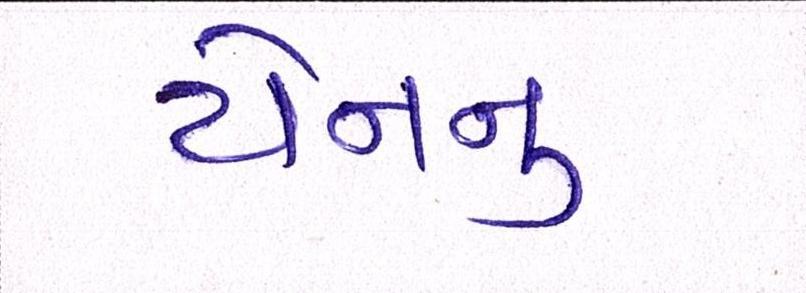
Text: યેનનું